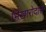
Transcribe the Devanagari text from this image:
भिखारोदास